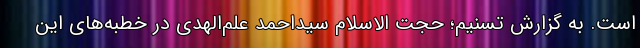
است. به گزارش تسنیم؛ حجت الاسلام سیداحمد علم‌الهدی در خطبه‌های این